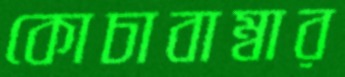
কোচাবাম্বার